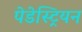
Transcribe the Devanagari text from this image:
पेडेस्ट्रियन